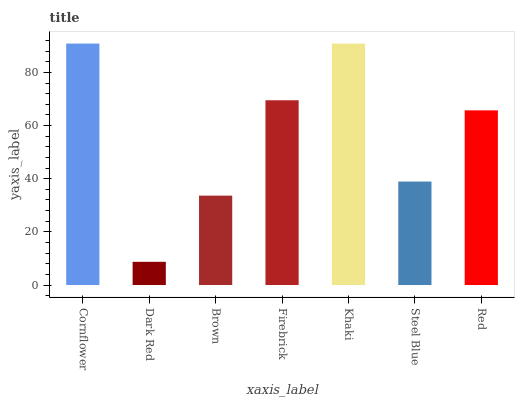
| xaxis_label | bars |
 | --- | --- |
 | Cornflower | 90.9 |
 | Dark Red | 8.73 |
 | Brown | 33.6 |
 | Firebrick | 69.5 |
 | Khaki | 90.9 |
 | Steel Blue | 38.9 |
 | Red | 65.7 |